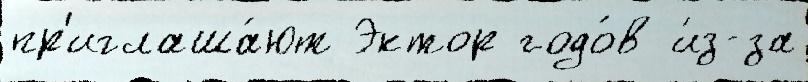
пр'иглаша́ют Эктор годо́в и́з-за